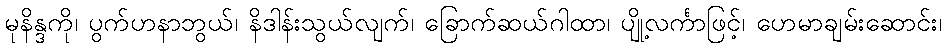
မုနိန္ဒကို၊ ပွက်ဟနာဘွယ်၊ နိဒါန်းသွယ်လျက်၊ ခြောက်ဆယ်ဂါထာ၊ ပျို့လင်္ကာဖြင့်၊ ဟေမာချမ်းဆောင်း၊